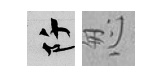
阡怱